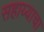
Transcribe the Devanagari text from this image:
सहाय्याचा